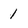
Character: 1